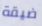
ضيقة